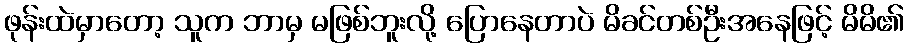
ဖုန်းထဲမှာတော့ သူက ဘာမှ မဖြစ်ဘူးလို့ ပြောနေတာပဲ မိခင်တစ်ဦးအနေဖြင့် မိမိ၏